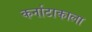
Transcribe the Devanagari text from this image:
कर्नाटाकाला